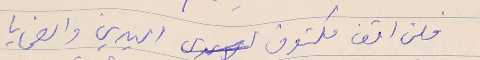
فلن اقف مكتوف اليدين والضحايا